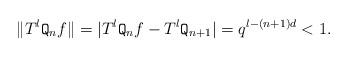
LaTeX: \begin{align*}\| T^{l}{\tt Q}_{n}f \| =|T^{l}{\tt Q}_{n}f-T^{l}{\tt Q}_{n+1}|= q^{l-(n+1)d}<1. \end{align*}